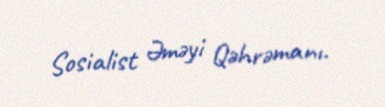
Sosialist Əməyi Qəhrəmanı.